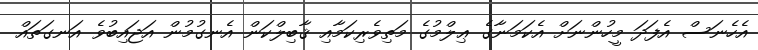
އެހެނަސް އެފަދަ މީހުންނަށް އެކަމަނާގެ ޢިލްމުގެ މަތިވެރިކަމާއި ޤާބިލްކަން އެނގުމުން އަޖައިބުވެ އަނގަތައް